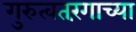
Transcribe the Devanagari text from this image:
गुरुत्वतरंगाच्या